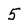
Character: 5